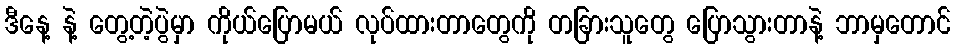
ဒီနေ့ နဲ့ တွေ့တဲ့ပွဲမှာ ကိုယ်ပြောမယ် လုပ်ထားတာတွေကို တခြားသူတွေ ပြောသွားတာနဲ့ ဘာမှတောင်